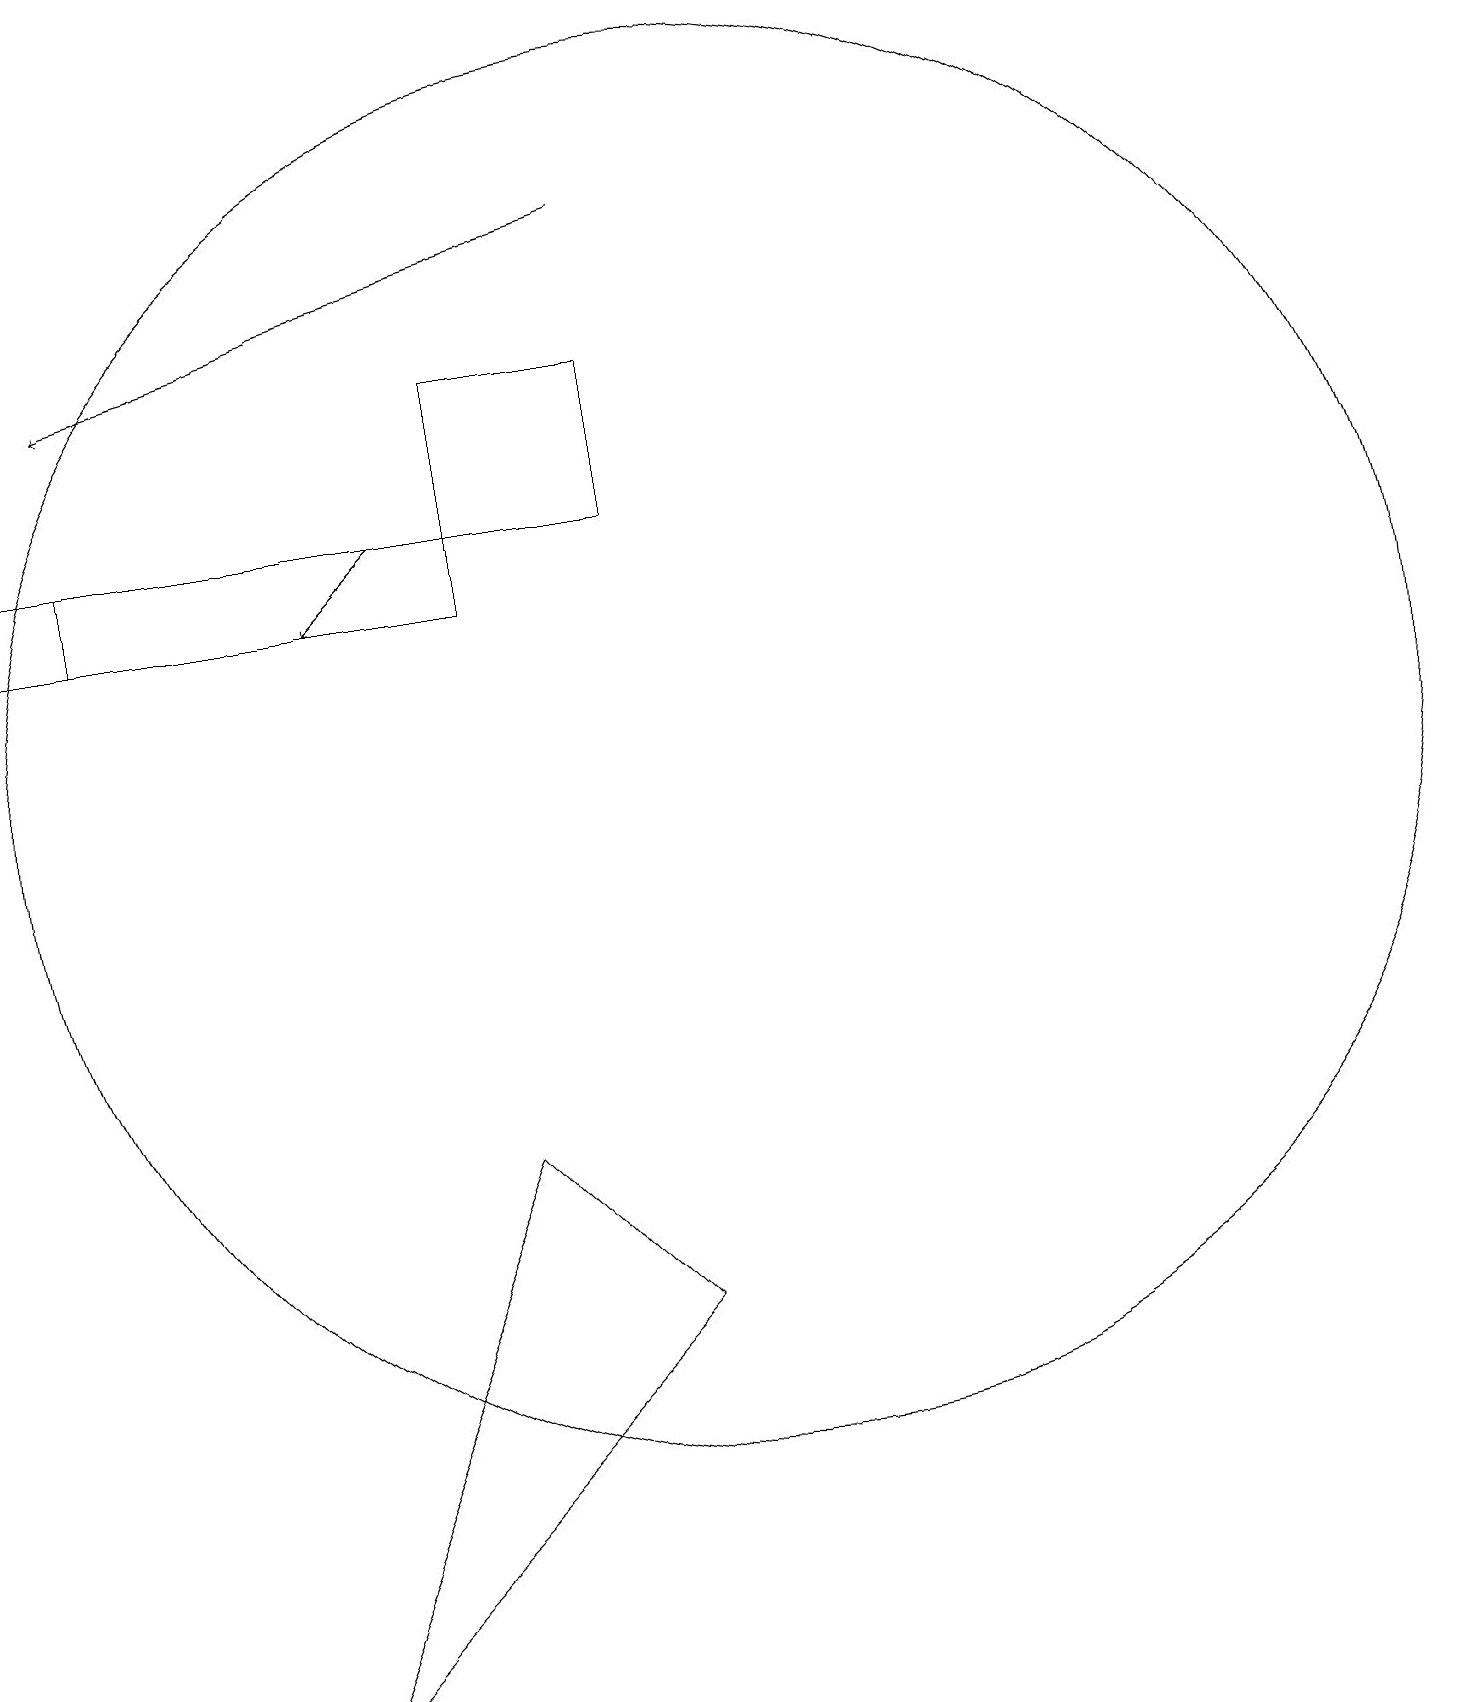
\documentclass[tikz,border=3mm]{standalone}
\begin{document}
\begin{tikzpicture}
\draw[->] (9,19) -- (2,17);
\draw (7,7) -- (9,5) -- (4,0) -- cycle;
\draw (10,12) circle (9);
\draw[->] (6,15) -- (5,14);
\draw (7,17) rectangle (9,15);
\draw (2,14) rectangle (7,15);
\draw (1,14) rectangle (7,15);
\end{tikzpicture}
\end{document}